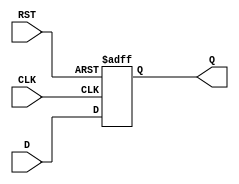
module stage_register (
    input wire D,          // Data Input
    input wire CLK,        // Clock Input
    input wire RST,        // Asynchronous Reset
    output reg Q           // Data Output
);

    // On the rising edge of the clock or when reset is asserted
    always @(posedge CLK or posedge RST) begin
        if (RST) begin
            Q <= 1'b0;      // Reset the output to 0
        end else begin
            Q <= D;         // Capture the input data on clock edge
        end
    end

endmodule